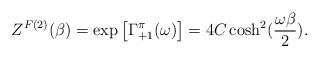
LaTeX: \begin{align*}Z^{F(2)}(\beta) = \exp\left[\Gamma_{+1}^{\pi}(\omega)\right] = 4 C \cosh^2({\omega\beta\over2}).\end{align*}